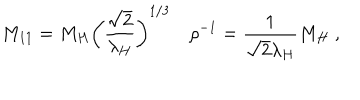
M _ { 1 1 } = M _ { H } \left( { \frac { \sqrt { 2 } } { \lambda _ { H } } } \right) ^ { 1 / 3 } \quad \rho ^ { - 1 } = { \frac { 1 } { \sqrt { 2 } \lambda _ { H } } } M _ { H } \ ,